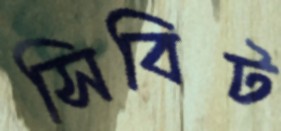
সিবিট